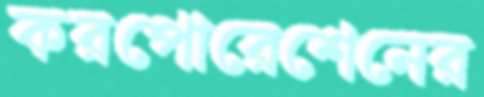
করপোরেশেনের